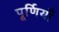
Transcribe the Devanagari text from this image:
पूर्णियाँ